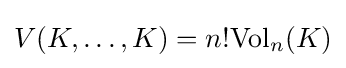
V(K,\dots ,K)=n!{\text{Vol}}_{n}(K)